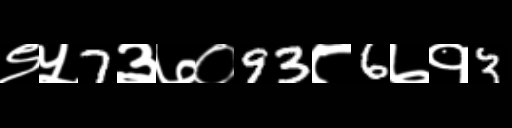
Text: ९५7३७०93८6७१3